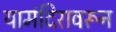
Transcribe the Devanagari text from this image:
यामंदिरावरून